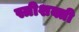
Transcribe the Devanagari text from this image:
स्त्रीशक्ती